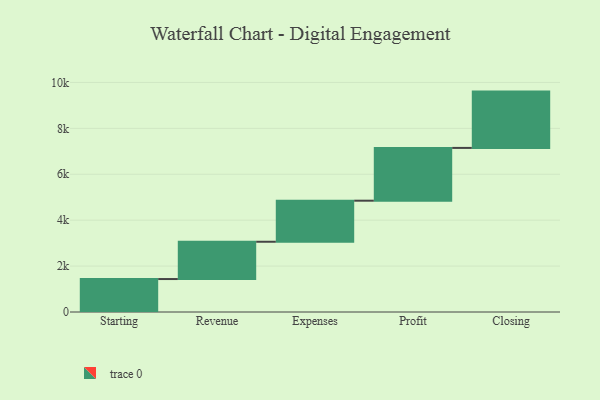
{"axis": {"x": "Step", "y": "Value"}, "legend": [""], "data": [{"x": "Starting", "y": 1436.0, "type": ""}, {"x": "Revenue", "y": 1624.0, "type": ""}, {"x": "Expenses", "y": 1789.0, "type": ""}, {"x": "Profit", "y": 2299.0, "type": ""}, {"x": "Closing", "y": 2453.0, "type": ""}]}